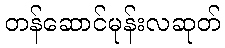
တန်ဆောင်မုန်းလဆုတ်